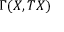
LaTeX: \Gamma ( X , T X )